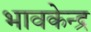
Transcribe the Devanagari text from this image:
भावकेन्द्र